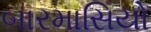
બારમાસિયો